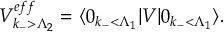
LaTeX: V _ { k _ { - } > \Lambda _ { 2 } } ^ { e f f } = \langle 0 _ { k _ { - } < \Lambda _ { 1 } } | V | 0 _ { k _ { - } < \Lambda _ { 1 } } \rangle .